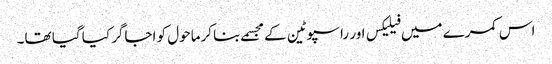
اس کمرے میں فیلیکس اور راسپوٹین کے مجسمے بنا کرماحول کو اجاگر کیا گیا تھا۔